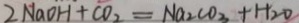
2 N a O H + C O _ { 2 } = N a _ { 2 } C O _ { 3 } + H _ { 2 } O